Trukikaitis_Postimees, lk 133
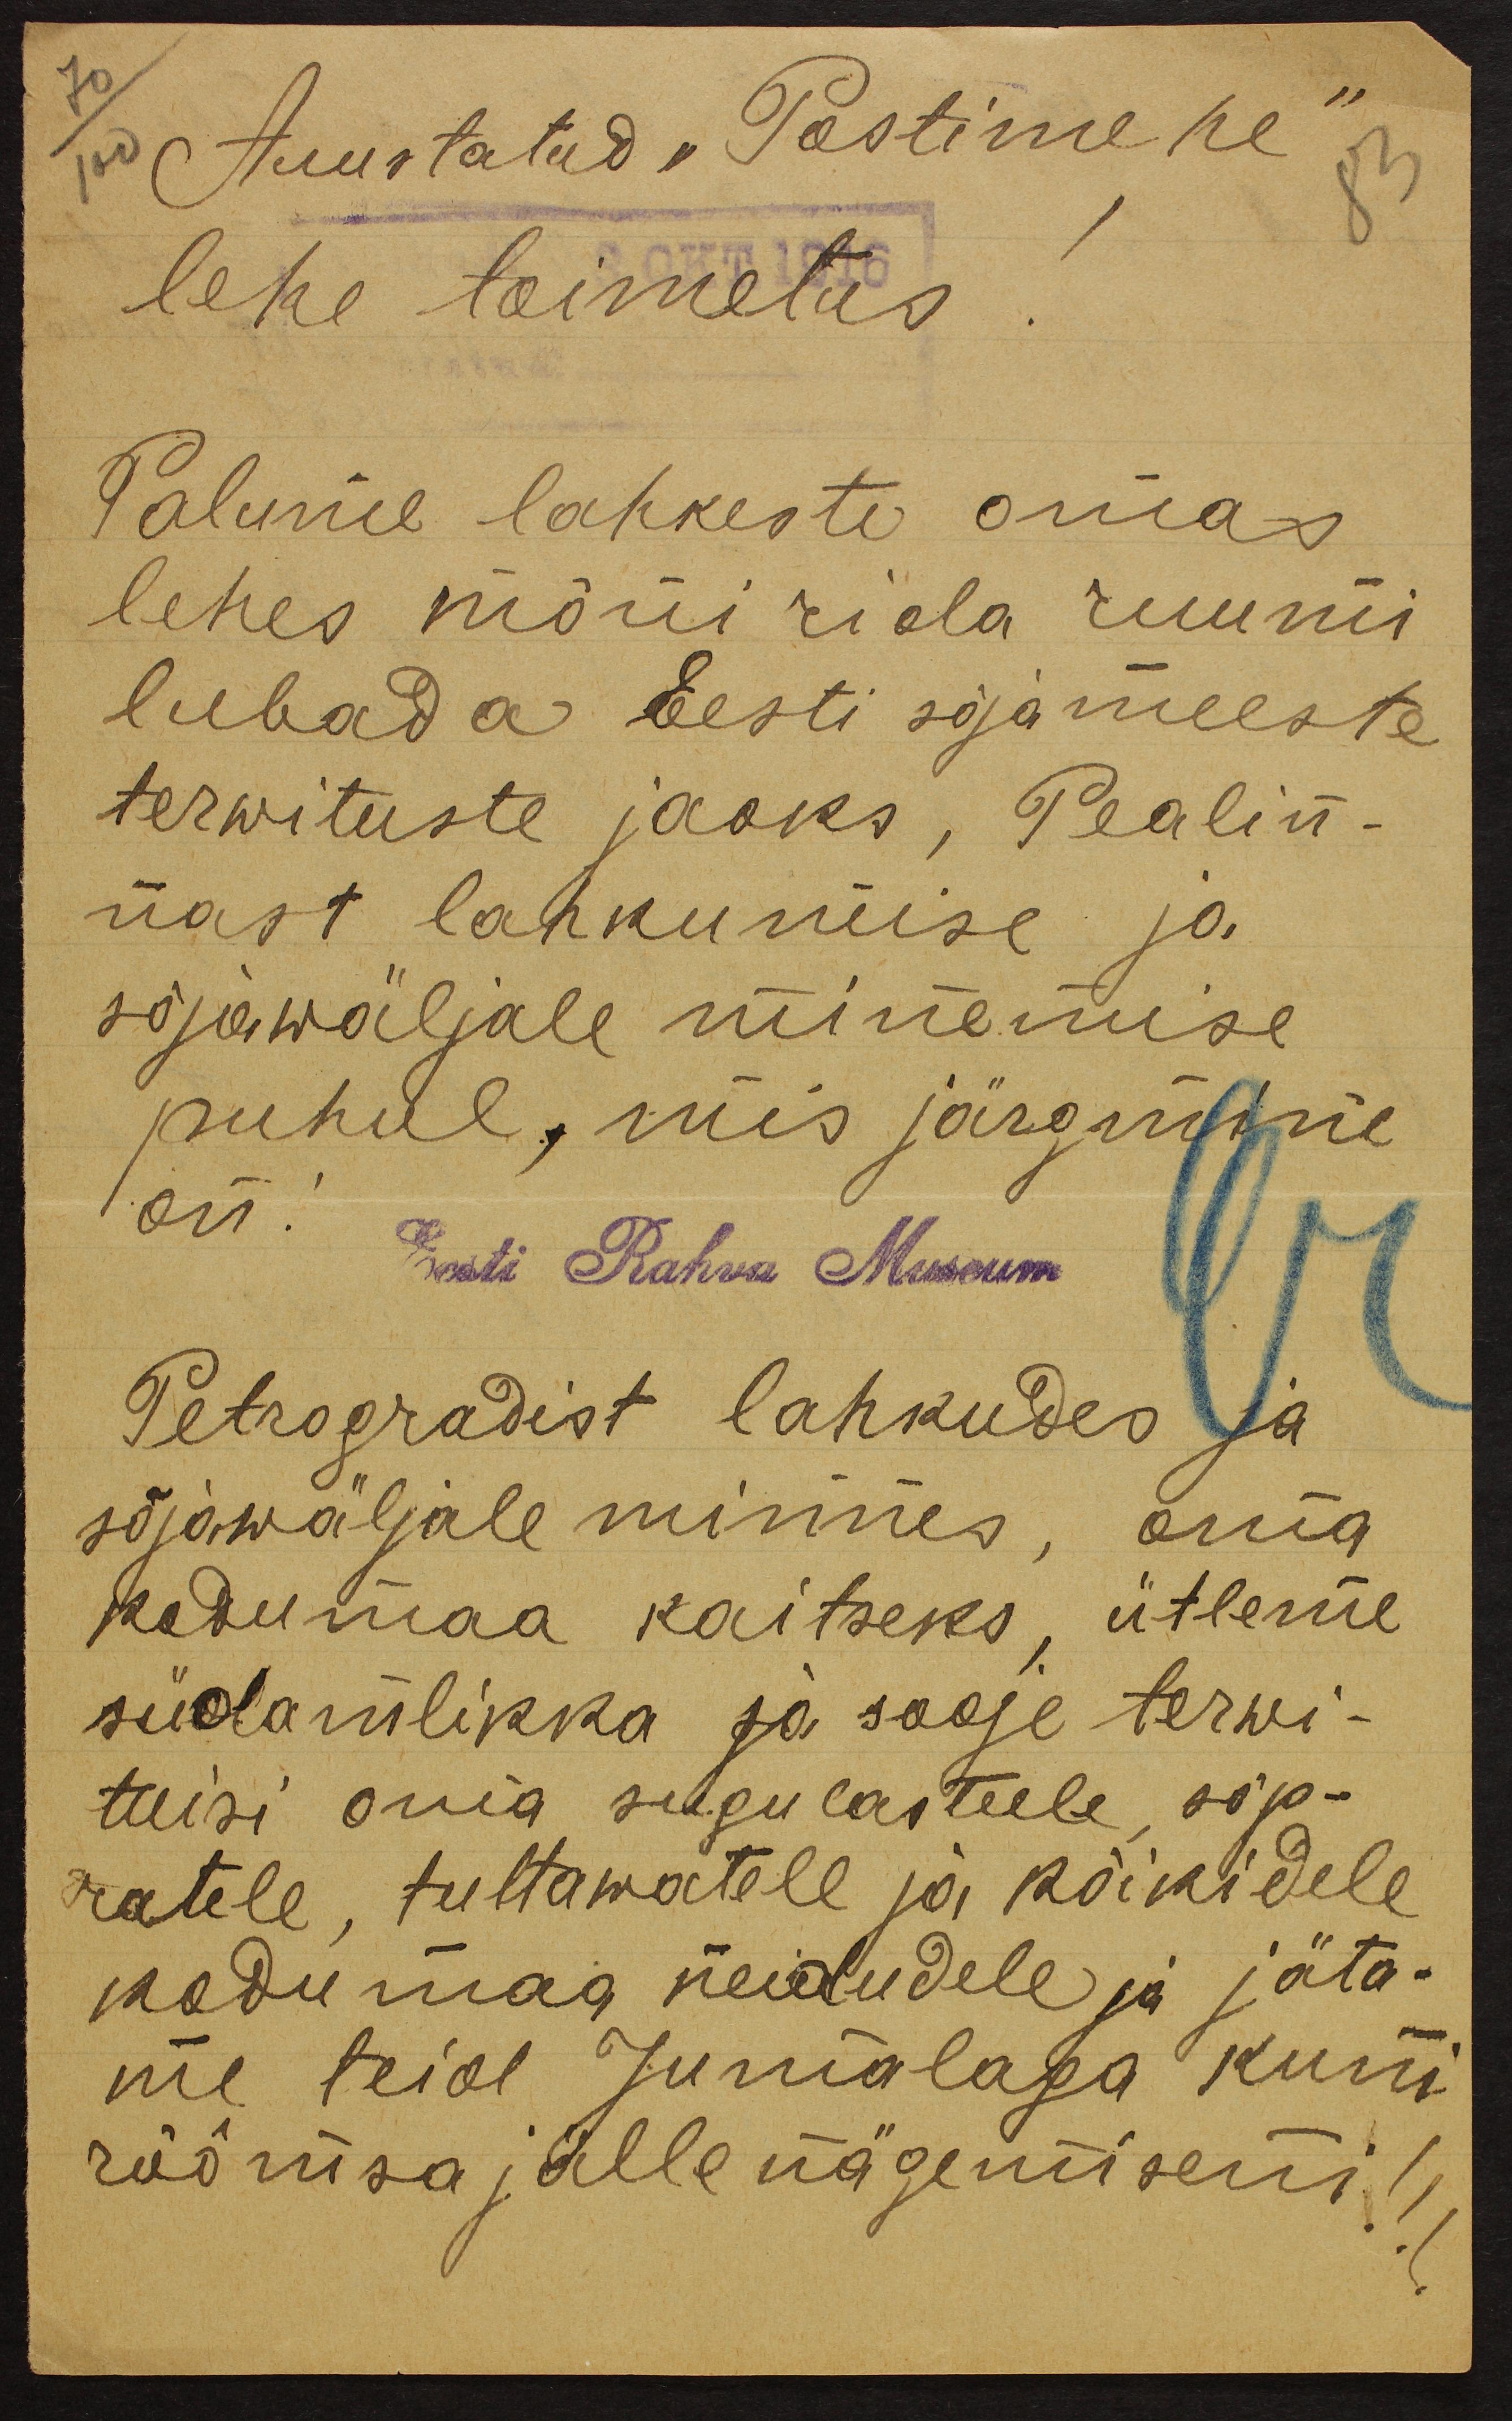
70
Auustatud "Postimehe"
83
lehe toimetus
Palume lahkeste omas
lehes mõni rida ruumi
lubada Eesti sõjameeste
terwituste jaoks, Pealin-
nast lahkumise ja
sõjawäljale minemise
puhul, mis järgmine
on.
Eesti Rahva Museum
Petrogradist lahkudes ja
sõjawäljale minnes, oma
kodumaa kaitseks, ütleme
südamlikka ja sooje terwi-
tuisi oma sugulasteele, sõp-
ratele, tuttawatele ja kõikidele
kodumaa neidudele ja jäta-
me teid Jumalaga kuni
rõõmsa jälle nägemiseni!!!